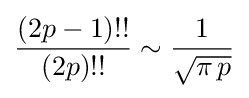
{\frac {(2p-1)!!}{(2p)!!}}\sim {\frac {1}{\sqrt {\pi \,p}}}